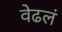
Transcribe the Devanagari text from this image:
वेढलं